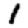
Digit: 1